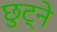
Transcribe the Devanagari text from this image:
छुट्ने